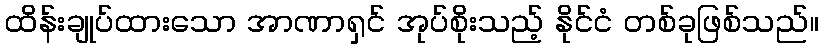
ထိန်းချုပ်ထားသော အာဏာရှင် အုပ်စိုးသည့် နိုင်ငံ တစ်ခုဖြစ်သည်။